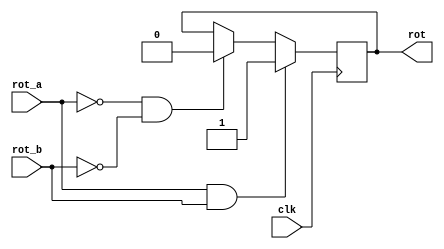
`timescale 1ns / 1ps
//////////////////////////////////////////////////////////////////////////////////
// Company: 
// Engineer: 
// 
// Design Name: 
// Module Name:    detector 
// Project Name: 
// Target Devices: 
// Tool versions: 
// Description: 
//
// Dependencies: 
//
// Revision: 
// Revision 0.01 - File Created
// Additional Comments: 
//
//////////////////////////////////////////////////////////////////////////////////
module detector(clk,rot_a,rot_b,rot
    );
	input clk,rot_a,rot_b;
	output rot;
	reg rot;
	always@(posedge clk) begin
		if(rot_a==1'b1 & rot_b==1'b1) begin
			rot <= 1'b1;
		end	
		else if(rot_a==1'b0 & rot_b==1'b0)	begin
			rot <= 1'b0;
		end
	end
endmodule